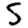
Digit: 5